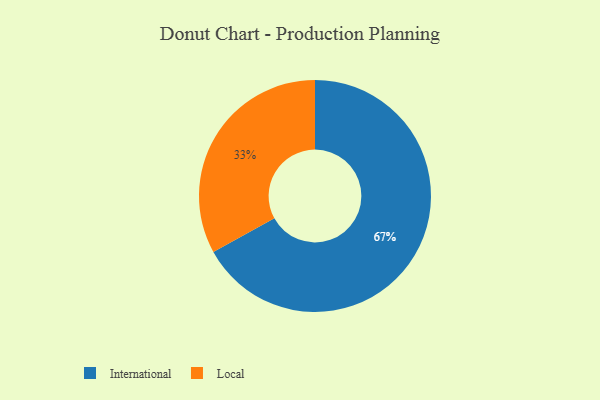
{"axis": {"x": "Category", "y": "Percentage"}, "legend": ["International", "Local"], "data": [{"x": "Local", "y": 33, "type": "Local"}, {"x": "International", "y": 67, "type": "International"}]}